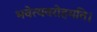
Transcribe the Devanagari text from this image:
भवेत्यवरोहयति।